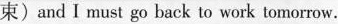
束)and I must go back to work tomorrow.